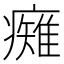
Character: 𭼯